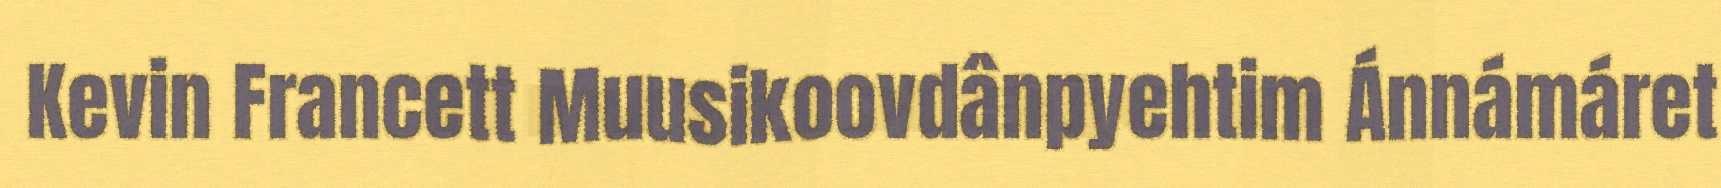
Kevin Francett Muusikoovdânpyehtim Ánnámáret